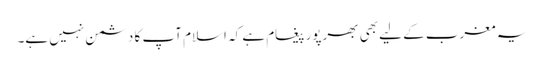
یہ مغرب کے لیے بھی بھرپور پیغام ہے کہ اسلام آپ کا دشمن نہیں ہے۔